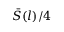
\bar { S } ( l ) / 4